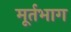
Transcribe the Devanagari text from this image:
मूर्तभाग